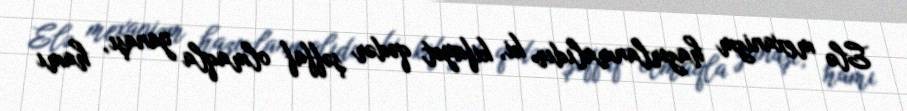
Elə mexanizm hazırlanmalıdır ki, kifayət qədər şəffaf olmaqla yanaşı, hamı